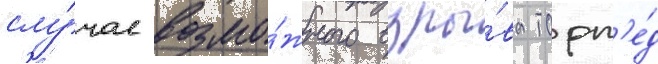
слу́чае возмо́жного взры́ва торп'е́д